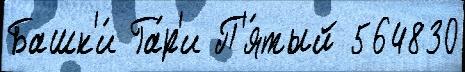
Башк'и́ Га́р'и П'я́тый 564830